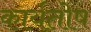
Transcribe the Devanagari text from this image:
कार्यतोष